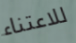
للاعتناء